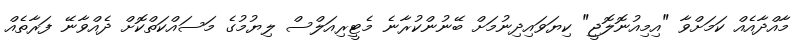
މާއްދާއެއް ކަމަށްވާ "އިމިއުނޮލޮޖީ" ކިޔަވައިދިނުމަށް ބޭނުންކުރާނެ މެޓީރިއަލްސް ލިޔުމުގެ މަސައްކަތްކޮށް ދެއްވާނޭ ފަރާތެއް